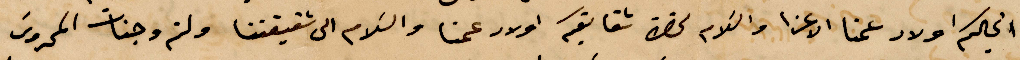
الكرام أولاد عمنا الاعزا والكلام %% شقايكم والاد عمنا والسلام الى شقيقتنا ولثم وجنت الحروس